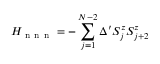
H _ { \mathrm { ~ n ~ n ~ n ~ } } = - \sum _ { j = 1 } ^ { N - 2 } \Delta ^ { \prime } S _ { j } ^ { z } S _ { j + 2 } ^ { z }